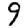
Digit: 9